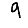
Digit: 9